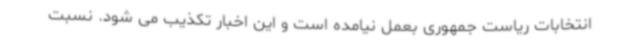
انتخابات ریاست جمهوری بعمل نیامده است و این اخبار تکذیب می شود. نسبت